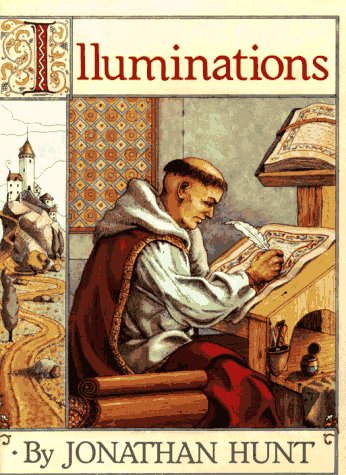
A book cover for Illuminations; Jonathan Hunt; Arts & Photography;